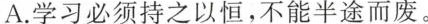
A.学习必须持之以恒，不能半途而废。